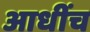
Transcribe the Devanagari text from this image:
आधींच